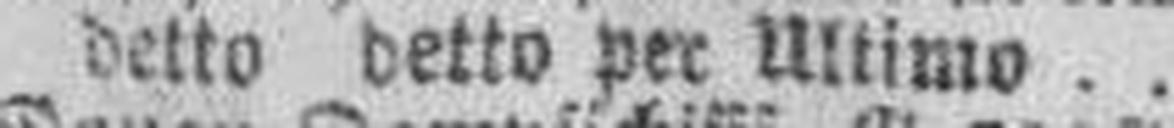
detto detto per Ultimo